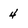
Character: 4